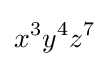
\displaystyle {x^{3}y^{4}z^{7}}